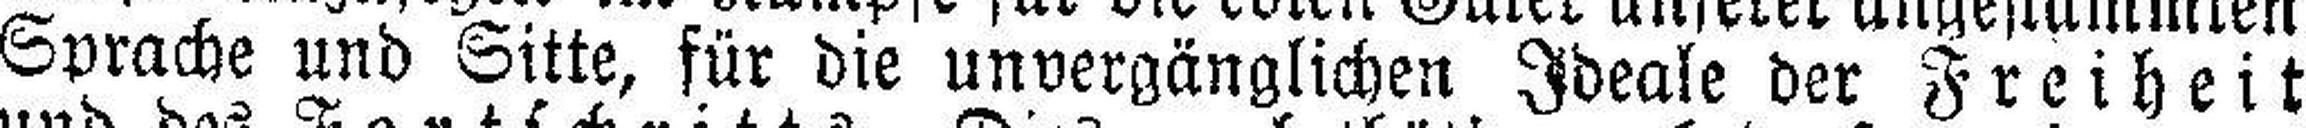
Sprache und Sitte, für die unvergänglichen Ideale der Freiheit